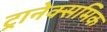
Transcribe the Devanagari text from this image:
ट्रानेक्समिक